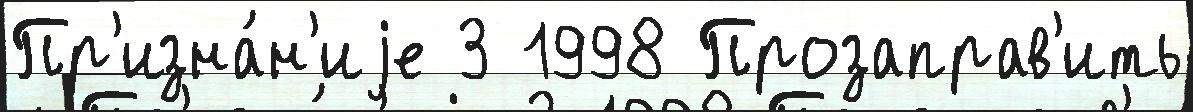
Пр'изна́н'иjе 3 1998 Прозаправ'ить